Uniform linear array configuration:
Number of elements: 12
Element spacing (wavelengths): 0.25
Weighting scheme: hamming
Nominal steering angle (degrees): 60
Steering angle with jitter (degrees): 59.8
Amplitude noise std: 0.05
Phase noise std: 0.05

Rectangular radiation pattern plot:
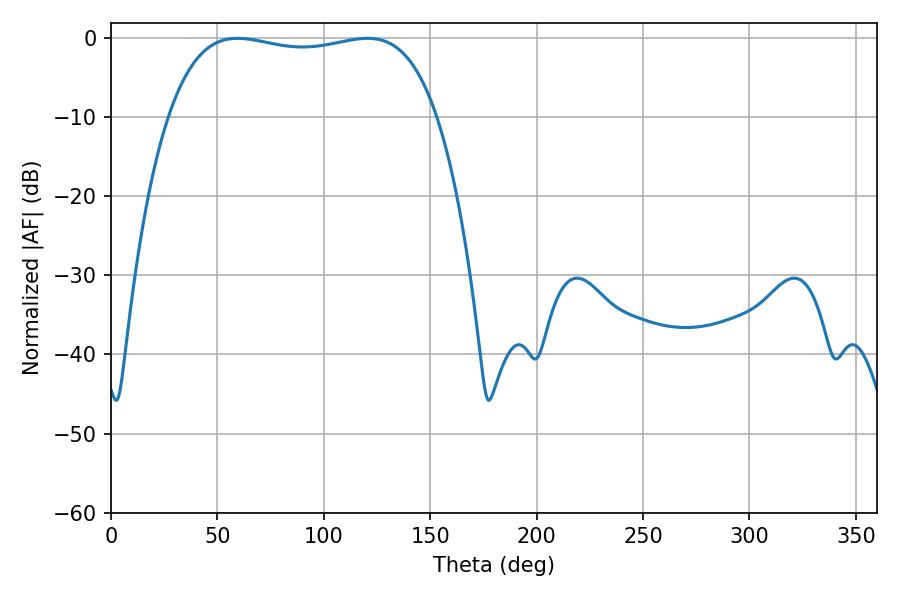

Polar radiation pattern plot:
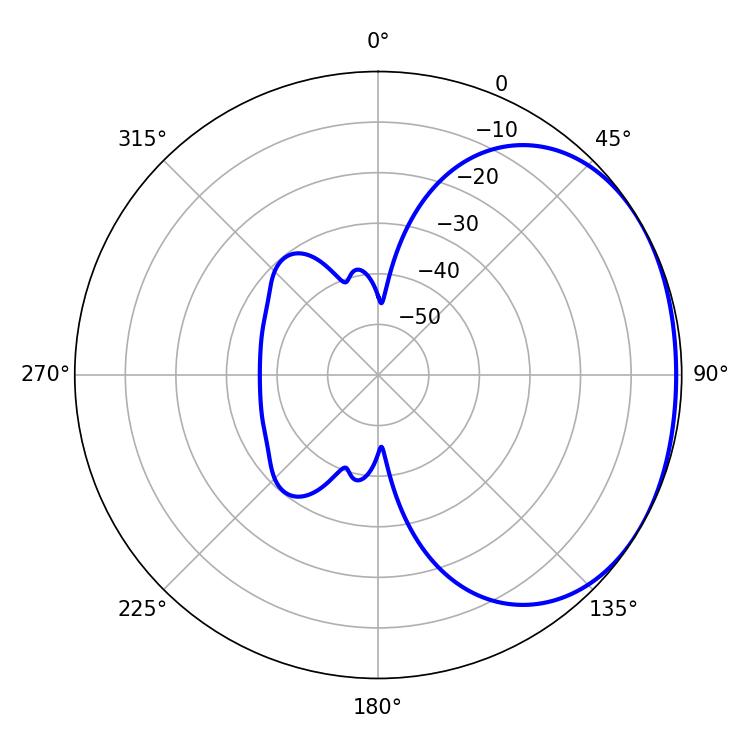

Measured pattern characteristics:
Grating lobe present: FALSE
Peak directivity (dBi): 1.514
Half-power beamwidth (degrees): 101.52
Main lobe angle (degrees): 59.4